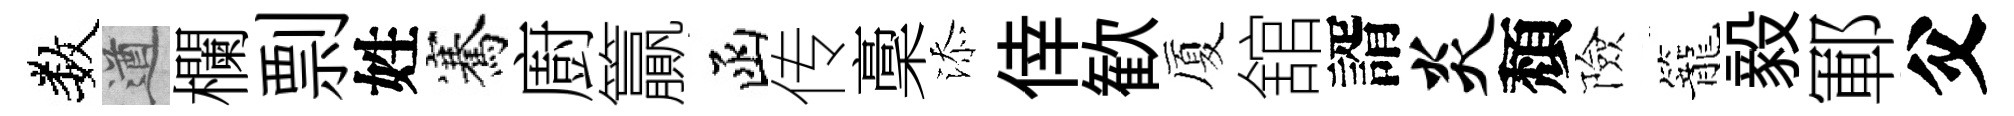
数遒欄剽姓騫廚籯函传稾添倖歓厦舘諝炎頽險籠毅鄆父